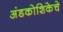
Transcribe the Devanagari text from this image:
अंडकोशिकेचे